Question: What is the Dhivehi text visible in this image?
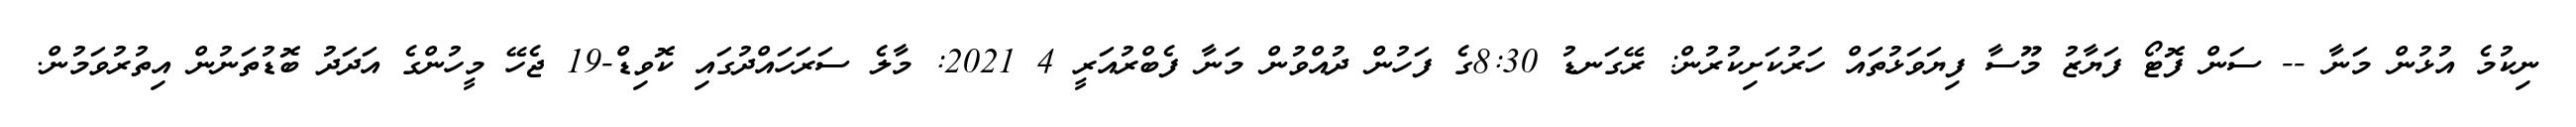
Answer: ނިކުމެ އުޅުން މަނާ -- ސަން ފޮޓޯ ފަޔާޒު މޫސާ ފިޔަވަޅުތައް ހަރުކަށިކުރުން: ރޭގަނޑު 8:30ގެ ފަހުން ދުއްވުން މަނާ ފެބްރުއަރީ 4 2021: މާލެ ސަރަހައްދުގައި ކޮވިޑް-19 ޖެހޭ މީހުންގެ އަދަދު ބޮޑުތަނުން އިތުރުވަމުން.